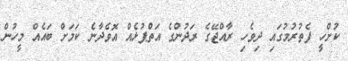
ކުށްހީ ފެތުރުމުގައި ދިވެހި ރާއްޖޭގެ ރަދުންގެ އަތްޕުޅެއް އޮވެދާނެ ކަމަށް ބައެއް މީހުން